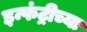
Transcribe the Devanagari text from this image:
इन्फंट्रीच्या